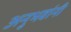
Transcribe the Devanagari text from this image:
अनुभवांनी